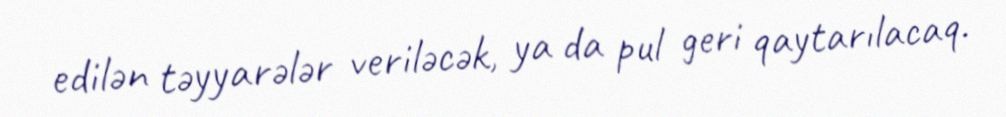
edilən təyyarələr veriləcək, ya da pul geri qaytarılacaq.